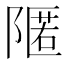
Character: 𮥛